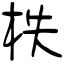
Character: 柣